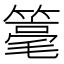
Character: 𱸡